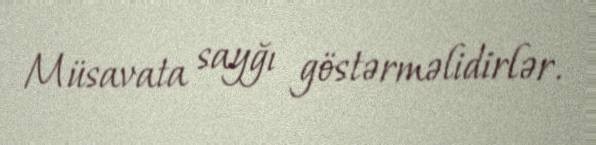
Müsavata sayğı göstərməlidirlər.